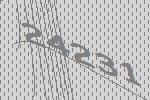
24231